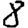
Digit: 8